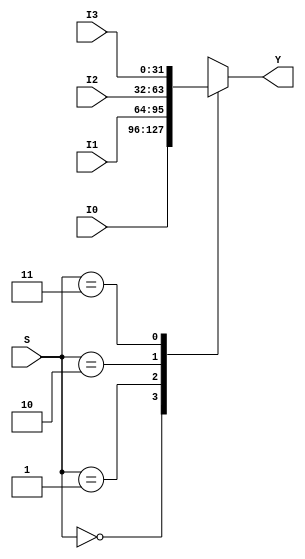
module mux_4x1_32 (output reg [31:0] Y, input [1:0]S, input [31:0] I0, I1, I2, I3);
    always @ (S, I0, I1, I2, I3)
        case (S)
            2'b00: Y <= I0;
            2'b01: Y <= I1;
            2'b10: Y <= I2;
            2'b11: Y <= I3;
        endcase
endmodule